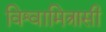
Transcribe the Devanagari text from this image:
विश्वामित्रासी